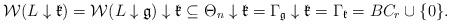
LaTeX: \begin{align*}\mathcal{W}(L\downarrow\mathfrak{k})=\mathcal{W}(L\downarrow\mathfrak{g})\downarrow\mathfrak{k}\subseteq\Theta_{n}\downarrow\mathfrak{k}=\Gamma_{\mathfrak{g}}\downarrow\mathfrak{k}=\Gamma_{\mathfrak{k}}=BC_{r}\cup\{0\}.\end{align*}